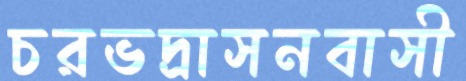
চরভদ্রাসনবাসী